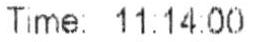
TIME: 11:14:00